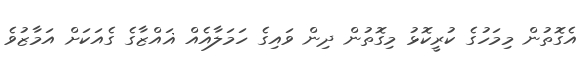
އެގޮތުން މިމަހުގެ ކުރީކޮޅު މިގޮތުން ދިން ވައިގެ ހަމަލާއެއް ޣައްޒާގެ ގެއަކަށް އަމާޒުވެ